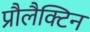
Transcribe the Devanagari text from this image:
प्रौलैक्टिन